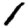
Digit: 1